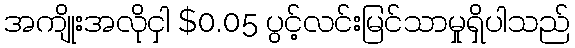
အကျိုးအလိုငှါ $0.05 ပွင့်လင်းမြင်သာမှုရှိပါသည်